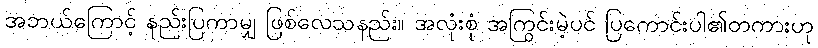
အဘယ်ကြောင့် နည်းပြကာမျှ ဖြစ်လေသနည်း။ အလုံးစုံ အကြွင်းမဲ့ပင် ပြကောင်းပါ၏တကားဟု